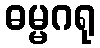
ဓမ္မဂရု